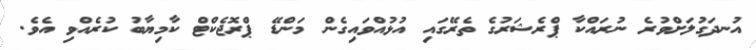
އުނދަގުލަށްވުރެ ނުރައްކާ ޕްރެޝަރުގެ ތެރޭގައި އުޅުއްވައިގެން މަންޑޭ ޕްރޮޖެކްޓް ކާމިޔާބު ކުރެއްވި އެވެ.